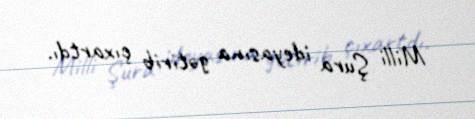
Milli Şura ideyasına gətirib çıxartdı.